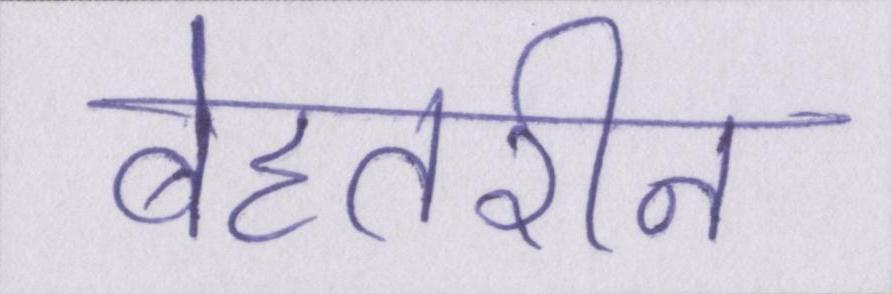
बेहतरीन